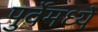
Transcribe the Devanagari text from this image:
पुर्वेमध्ये